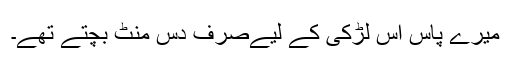
میرے پاس اس لڑکی کے لیےصرف دس منٹ بچتے تھے۔